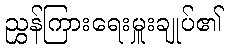
ညွှန်ကြားရေးမှူးချုပ်၏